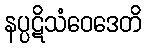
နပ္ပဋိသံဝေဒေတိ